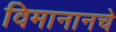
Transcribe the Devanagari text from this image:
विमानानचे